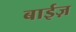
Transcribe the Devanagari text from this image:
बाईज़